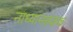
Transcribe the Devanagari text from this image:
नाध्यानसंज्ञक